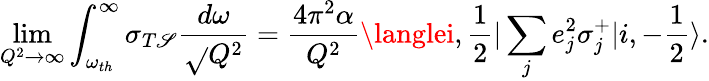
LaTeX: \operatorname*{lim}_{Q^{2}\to\infty}\int_{\omega_{th}}^{\infty}\sigma_{T\mathscr{S}}\frac{{d\omega}}{{\sqrt{}{{Q^{2}}}}}=\frac{{4\pi^{2}\alpha}}{{Q^{2}}}\langlei,\frac{1}{2}|\sum_{j}e_{j}^{2}\sigma_{j}^{+}|i,-\frac{1}{2}\rangle.